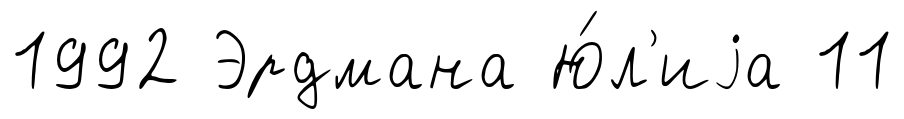
1992 Эрдмана Ю́л'иjа 11